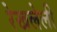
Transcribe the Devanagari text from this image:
रेखलेली